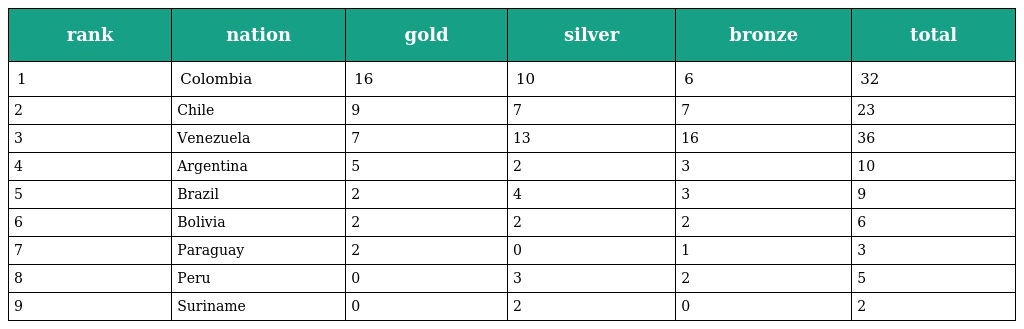
| rank | nation | gold | silver | bronze | total |
 | --- | --- | --- | --- | --- | --- |
 | 1 | Colombia | 16 | 10 | 6 | 32 |
 | 2 | Chile | 9 | 7 | 7 | 23 |
 | 3 | Venezuela | 7 | 13 | 16 | 36 |
 | 4 | Argentina | 5 | 2 | 3 | 10 |
 | 5 | Brazil | 2 | 4 | 3 | 9 |
 | 6 | Bolivia | 2 | 2 | 2 | 6 |
 | 7 | Paraguay | 2 | 0 | 1 | 3 |
 | 8 | Peru | 0 | 3 | 2 | 5 |
 | 9 | Suriname | 0 | 2 | 0 | 2 |